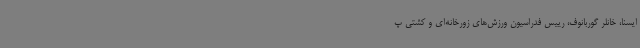
ایسنا، خانلر گوربانوف، رییس فدراسیون ورزش‌های زورخانه‌ای و کشتی پ